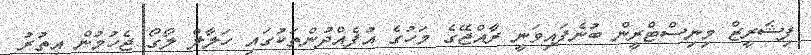
ފިޝަރީޒް މިނިސްޓްރީން ބުނެފައިވަނީ ރާއްޖޭގެ މަހުގެ އުފެއްދުންތަކުގައި ހަލާލް ލޯގޯ ޖެހުމުން އިތުރު